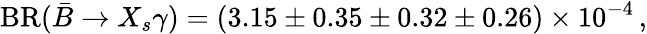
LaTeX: \mathrm{BR}(\bar{B}\to X_{s}\gamma)=(3.15\pm 0.35\pm 0.32\pm 0.26)\times 10^{-4}\, ,